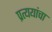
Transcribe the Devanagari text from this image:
प्रत्ययांचा